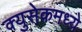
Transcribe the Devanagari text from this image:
क्युसेकमध्ये